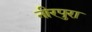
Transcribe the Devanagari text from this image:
नीरपुरा